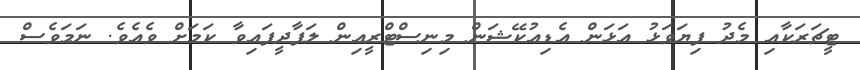
ޓީޗަރަކާއި މެދު ފިޔަވަޅު އަޅަން އެޑިއުކޭޝަން މިނިސްޓްރީއިން ލަފާދީފައިވާ ކަމަށް ވެއެވެ. ނަމަވެސް